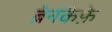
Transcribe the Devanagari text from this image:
ब्रेनकैफ़े